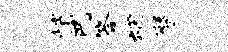
悄巴答烟僭